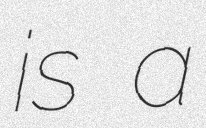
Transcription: is a